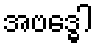
အဗဒ္ဓေါ